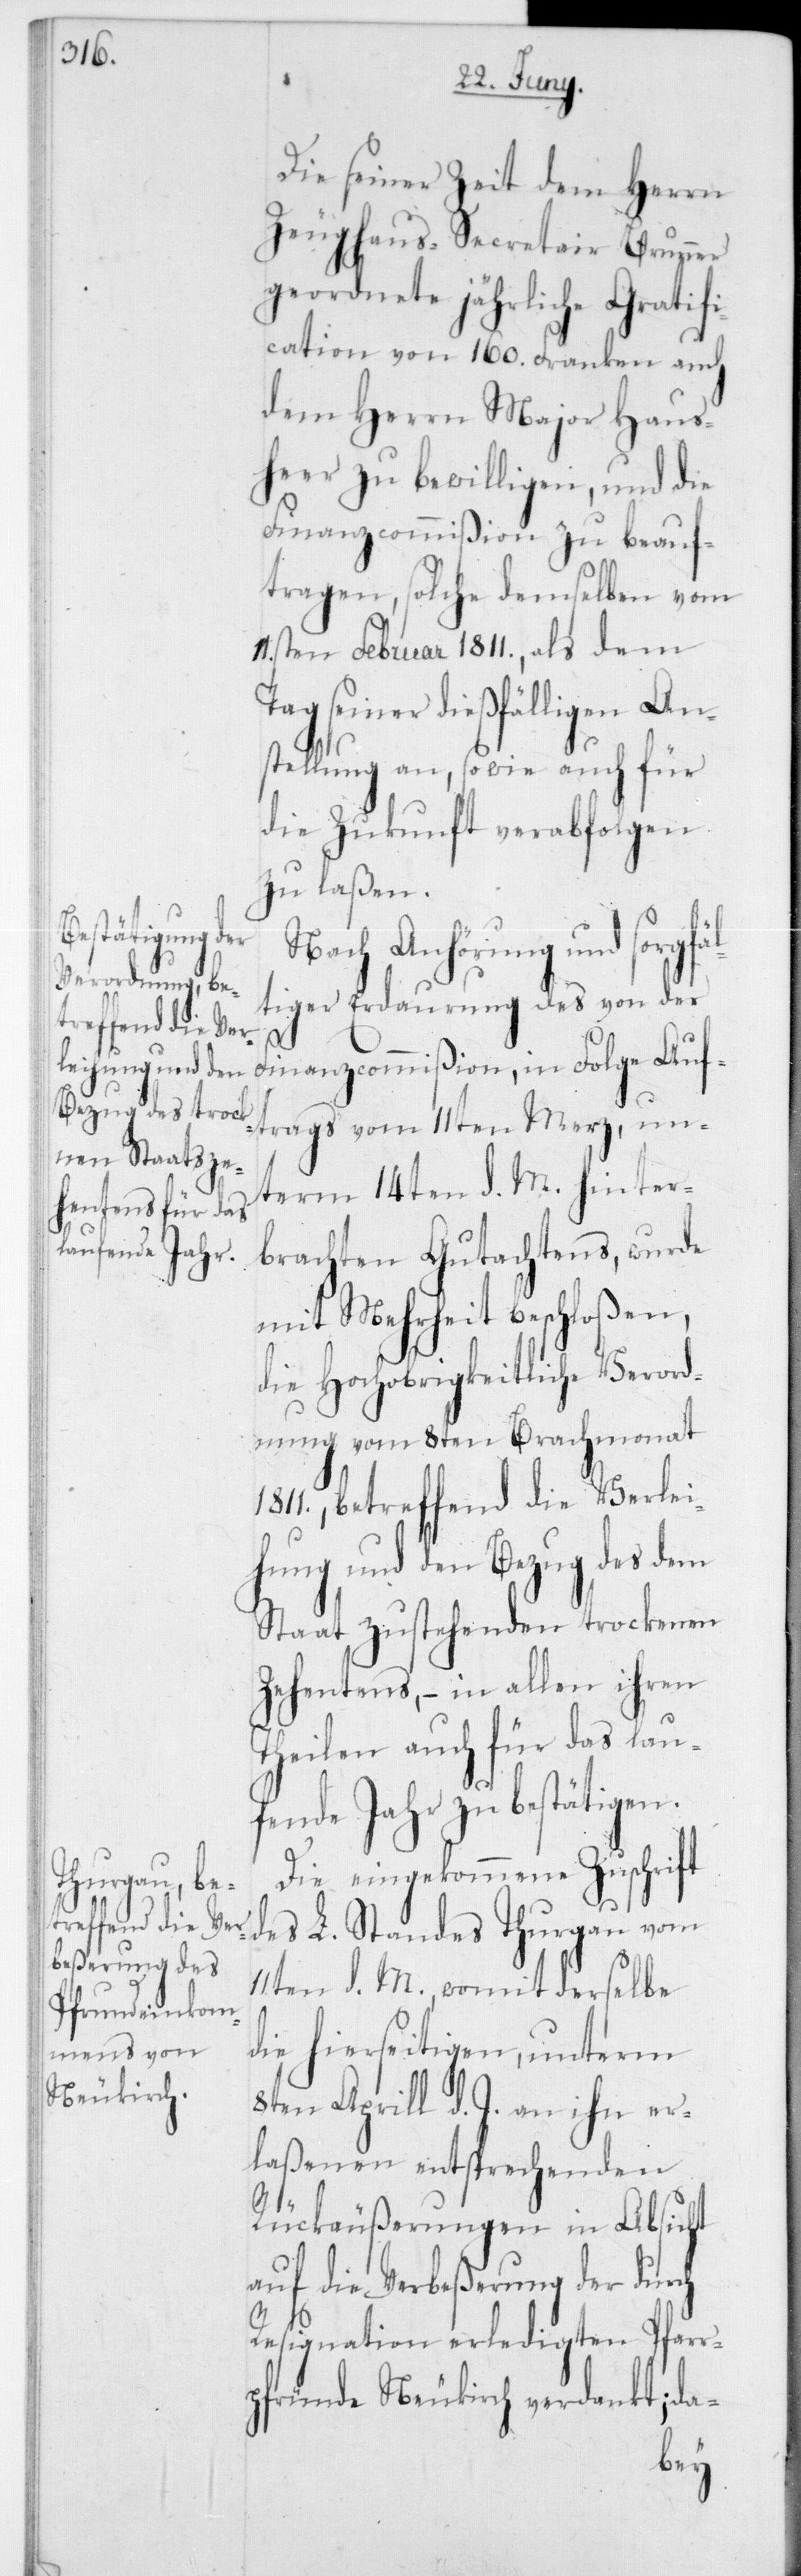
Die seiner Zeit dem Herrn
Zeughaus-Secretair Brunner
geordnete jährliche Gratifi¬
cation von 160 Franken auch
dem Herrn Major Haus¬
heer zu bewilligen, und die
Finanzcommißion zu beauf¬
tragen, solche demselben vom
1sten Februar 1811, als dem
Tag seiner dießfälligen An¬
stellung an, sowie auch für
die Zukunft verabfolgen
zu laßen.
Folge Auf¬
Nach Anhörung und sorgfä¬
ltiger Erdaurung des von der
trags vom 11ten Merz, un¬
term 14ten d. M. hinter¬
brachten Gutachtens, wurde
mit Mehrheit beschloßen,
die Hochobrigkeitliche Verord¬
nung vom 8ten Brachmonat
1811, betreffend die Verlei¬
hung und den Bezug des dem
Staat zustehenden trockenen
Zehentens, – in allen ihren
Theilen auch für das lau¬
fende Jahr zu bestätigen.
Die eingekommene Zuschrift
des L. Standes Thurgau vom
11ten d. M., womit derselbe
die hierseitigen, unterm
8ten Aprill d. J. an ihn er¬
laßenen entsprechenden
Rückäußerungen in Absicht
auf die Verbeßerung der durch
Resignation erledigten Pfarr¬
pfründe Neukirch verdankt; da-